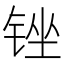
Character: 锉